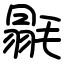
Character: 毾